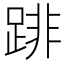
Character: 䠊